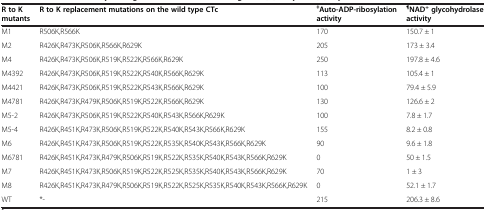
<table><thead><tr><td><b>R to K mutants</b></td><td><b>R to K replacement mutations on the wild type CTc</b></td><td><b><sup>ǂ</sup>Auto-ADP-ribosylation activity</b></td><td><b><sup>¶</sup>NAD<sup>+</sup>glycohydrolase activity</b></td></tr></thead><tbody><tr><td>M1</td><td>R506K,R566K</td><td>170</td><td>150.7 ± 1</td></tr><tr><td>M2</td><td>R426K,R473K,R506K,R566K,R629K</td><td>205</td><td>173 ± 3.4</td></tr><tr><td>M4</td><td>R426K,R473K,R506K,R519K,R522K,R566K,R629K</td><td>250</td><td>197.8 ± 4.6</td></tr><tr><td>M4392</td><td>R426K,R473K,R506K,R519K,R522K,R540K,R566K,R629K</td><td>113</td><td>105.4 ± 1</td></tr><tr><td>M4421</td><td>R426K,R473K,R506K,R519K,R522K,R543K,R566K,R629K</td><td>100</td><td>79.4 ± 5.9</td></tr><tr><td>M4781</td><td>R426K,R473K,R479K,R506K,R519K,R522K,R566K,R629K</td><td>130</td><td>126.6 ± 2</td></tr><tr><td>M5-2</td><td>R426K,R473K,R506K,R519K,R522K,R540K,R543K,R566K,R629K</td><td>100</td><td>7.8 ± 1.7</td></tr><tr><td>M5-4</td><td>R426K,R451K,R473K,R506K,R519K,R522K,R540K,R543K,R566K,R629K</td><td>155</td><td>8.2 ± 0.8</td></tr><tr><td>M6</td><td>R426K,R451K,R473K,R506K,R519K,R522K,R535K,R540K,R543K,R566K,R629K</td><td>90</td><td>9.6 ± 1.8</td></tr><tr><td>M6781</td><td>R426K,R451K,R473K,R479K,R506K,R519K,R522K,R535K,R540K,R543K,R566K,R629K</td><td>0</td><td>50 ± 1.5</td></tr><tr><td>M7</td><td>R426K,R451K,R473K,R506K,R519K,R522K,R525K,R535K,R540K,R543K,R566K,R629K</td><td>70</td><td>1 ± 3</td></tr><tr><td>M8</td><td>R426K,R451K,R473K,R479K,R506K,R519K,R522K,R525K,R535K,R540K,R543K,R566K,R629K</td><td>0</td><td>52.1 ± 1.7</td></tr><tr><td>WT</td><td>*-</td><td>215</td><td>206.3 ± 8.6</td></tr></tbody></table>